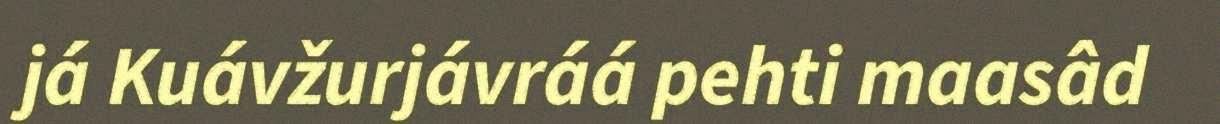
já Kuávžurjávráá pehti maasâd